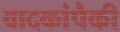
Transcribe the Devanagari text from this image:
वादकांपैकी